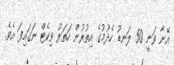
އޭނާ ވަނީ 50 ލަނޑު ހެދުމުގެ އިތުރުން ހަތަރު ވިކެޓް ނަަގައިފަ އެވެ.